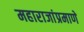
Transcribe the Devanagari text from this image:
महाराजांप्रमाणे